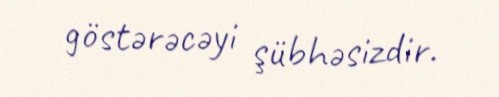
göstərəcəyi şübhəsizdir.